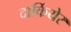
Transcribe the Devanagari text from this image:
दार्कियेर